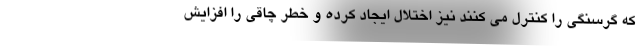
که گرسنگی را کنترل می کنند نیز اختلال ایجاد کرده و خطر چاقی را افزایش